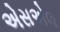
એસએલ